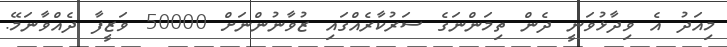
މިއަދު އެ ވިދާޅުވަނީ ދެން ތިމަންނަގެ ސަރުކާރެއްގައި ޒުވާނުންނަށް 50000 ވަޒީފާ ދެއްވާނަމޭ.